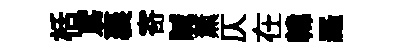
栝鳶襄寄贓薰仄在韓羅